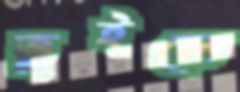
তুইলে